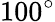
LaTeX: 100^{\circ}